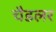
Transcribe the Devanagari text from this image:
चैडलर